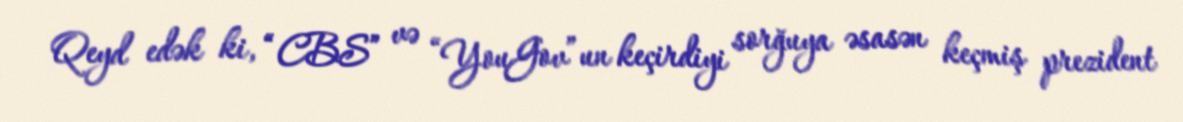
Qeyd edək ki, “CBS” və “YouGov”un keçirdiyi sorğuya əsasən keçmiş prezident